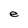
Character: e